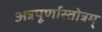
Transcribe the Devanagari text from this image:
अन्नपूर्णास्तोत्रम्